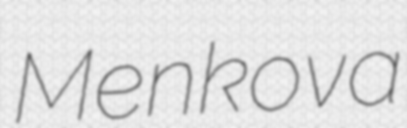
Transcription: Menkova